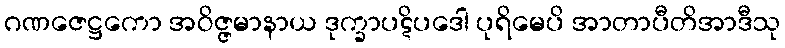
ဂဏဇေဋ္ဌကော အဝိဇ္ဇမာနာယ ဒုက္ခာပဋိပဒေါ ပုရိမေပိ အာတာပီတိအာဒီသု